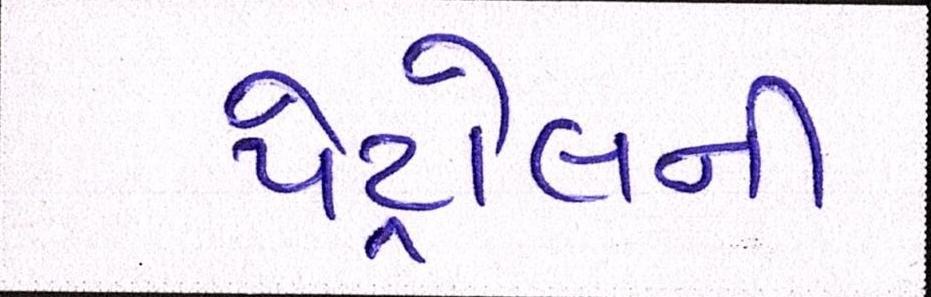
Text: પેટ્રોલની